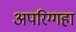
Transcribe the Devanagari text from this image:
अपरिग्गहा